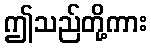
ဤသည်တို့ကား